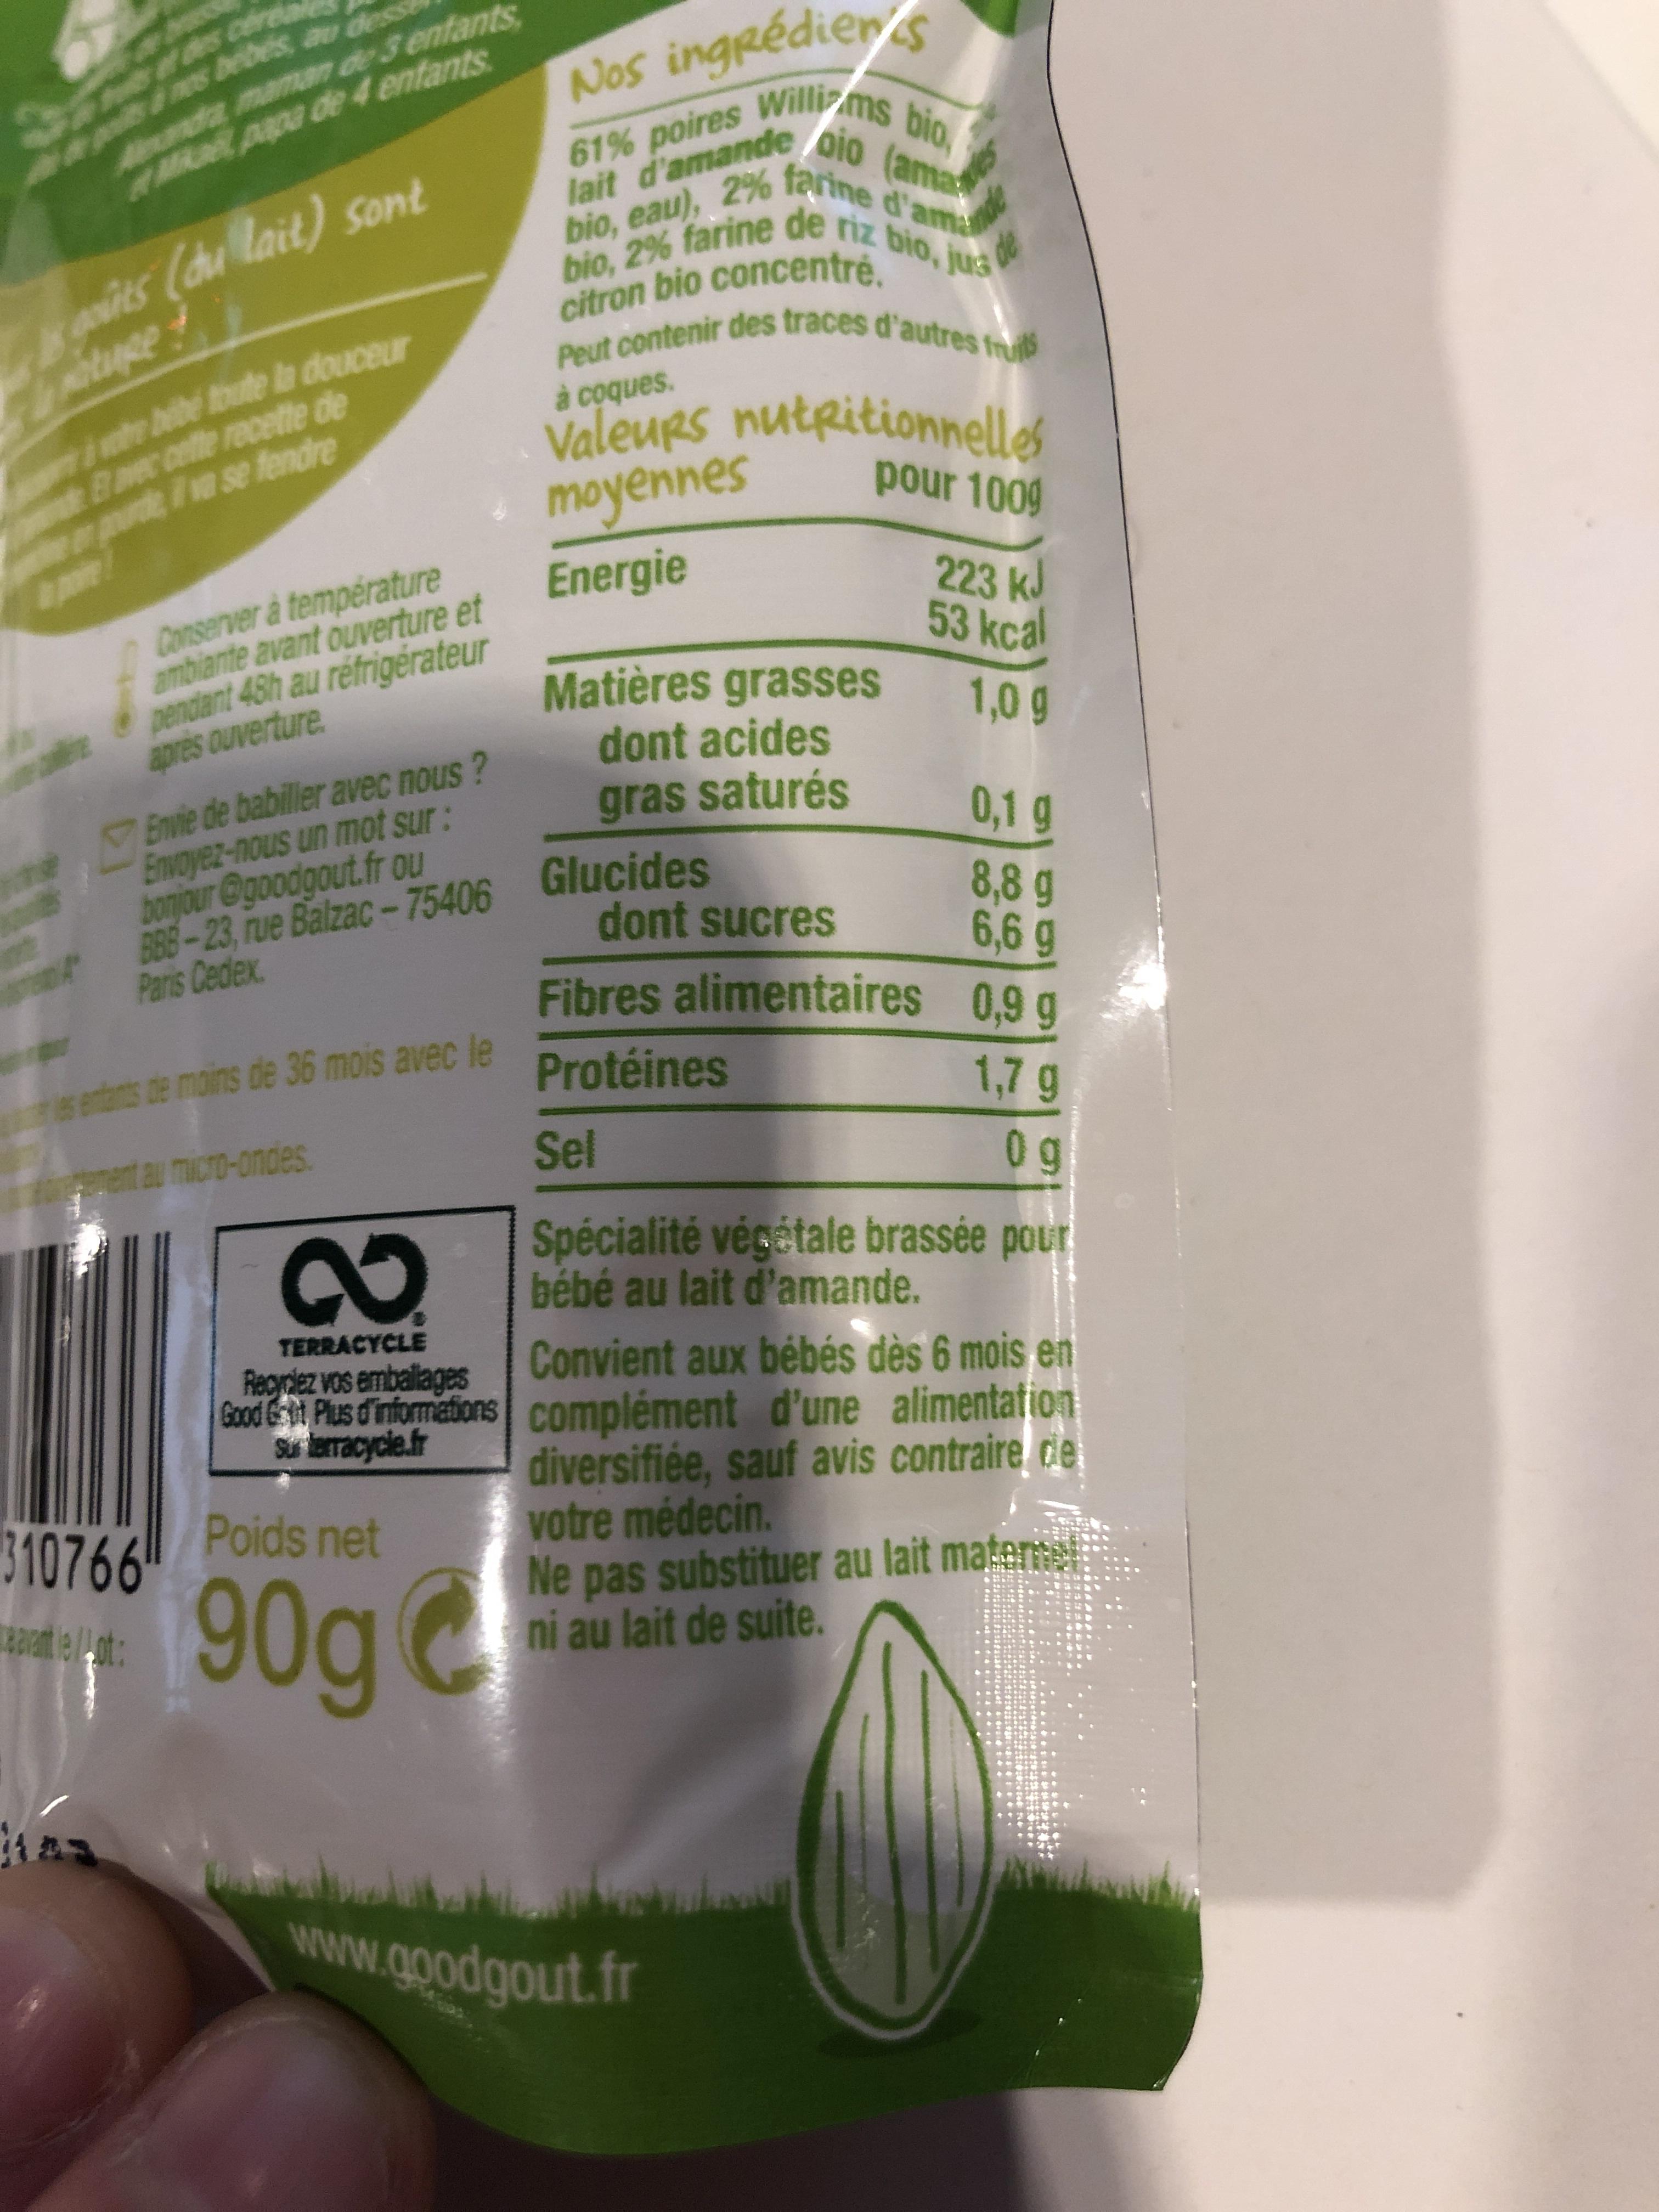
bebes au desse ramanam de 3 entants Nos ingeédier papa de 4 entants 61% poires Willims bio lait d'amande/D10 (ama N pits (u lait) Sont atuge ie bebe e a douceur bio, eau), 2% farine d'am bio, 2% farine de riz bio, jua de citron bio concentré Peut contenir des traces d'autres f à coques. Valeues nuteitionnelles B cefe recte de pud va se fendre pour 1009 moyennes Energie ambiante avant ouverture et pendant 48h au refrigerateur apres ouverture 223 k Conserver à température 53 kca 1,09 0,1g Matières grasses dont acides gras saturés Envoyez-nous un mot sur: bonjour @goodgout.fr ou BBB-23, rue Balzac-75406 Paris Cedex. ne VEnwie de babiller avec nous? Glucides Fibres alimentaires 8,8 g 6,6g dont sucres 0,9 g rss de moins de 36 mois avec le Protéines 1,7 g 0 g aumicro-ondes. Sel Specialité végétale brassée pour bébé au lait d'amande. TERRACYCLE Recyrclez vos emballages Convient aux bébés dès 6 mois en Bxod&f Plus d informations complément d'une alimentafion diversifiée, sauf avis contraire de Ne pas substituer au lait matemel Sur erracycle.fr 310766 Poids net votre médecin. 90g ni au lait de suite. www.goodgout.fr